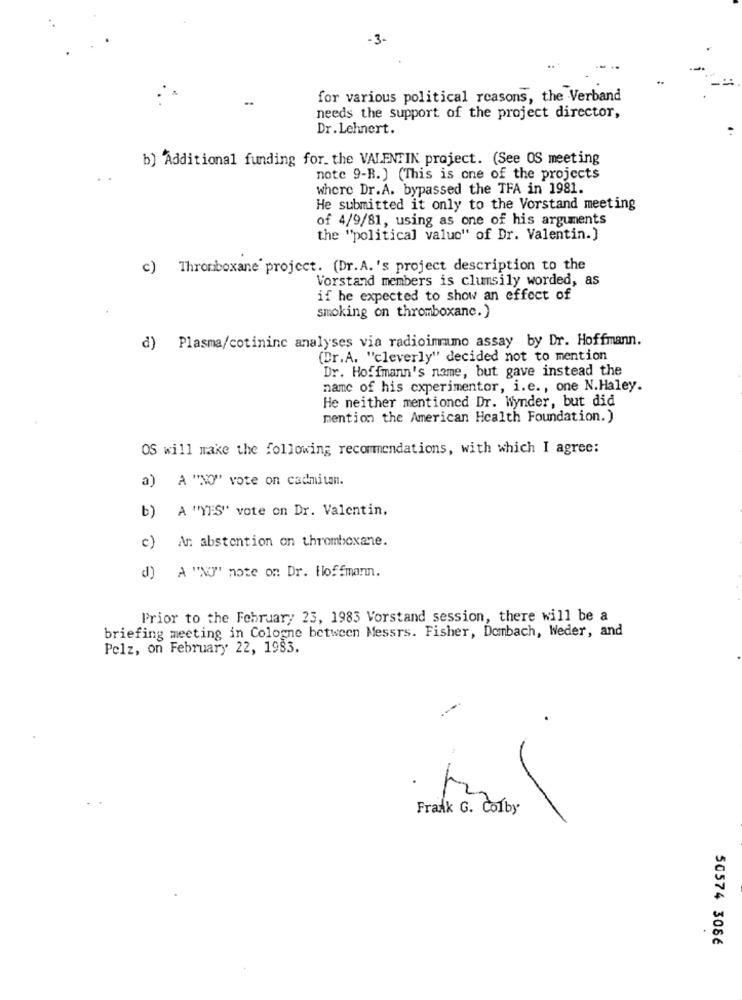
-3-
for various political reasons, the Verband
needs the support of the project director,
Dr. Lehnert.
b) 'Additional funding for. the VALENTIN project. (See OS meeting
note 9-B. ) (This is one of the projects
where Dr.A. bypassed the TFA in 1981.
He submitted it only to the Vorstand meeting
of 4/9/81, using as one of his arguments
the "political valuc" of Dr. Valentin.)
c) Thromboxane project. (Dr.A.'s project description to the
Vorstand members is clumsily worded, as
if he expected to show an effect of
smoking on thromboxanc.)
Plasma/cotininc analyses via radioimmuno assay by Dr. Hoffmann.
d)
(Dr.A. "cleverly" decided not to mention
Dr. Hoffmann's name, but gave instead the
name of his experimentor, i.e ., one N.Haley.
He neither mentioned Dr. Wynder, but did
mention the American Health Foundation.)
OS will make the following recommendations, with which I agree:
a) A "NO" vote on cadmitan.
b) A "YES"' vote on Dr. Valentin.
c)
An abstention on thromboxane.
d) A "NO" note on Dr. Hoffmann.
Prior to the February 23, 1983 Vorstand session, there will be a
briefing meeting in Cologne between Messrs. Fisher, Dombach, Weder, and
Pelz, on February 22, 1983.
Frank G. Colby
50574 3086